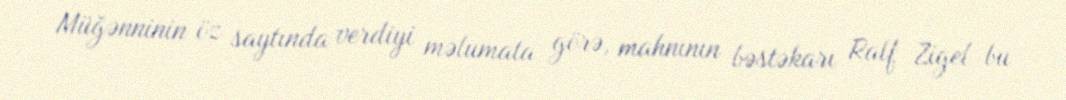
Müğənninin öz saytında verdiyi məlumata görə, mahnının bəstəkarı Ralf Zigel bu